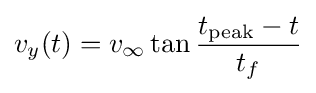
v_{y}(t)=v_{\infty }\tan {\frac {t_{\mathrm {peak} }-t}{t_{f}}}